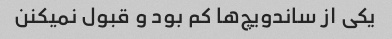
یکی از ساندویچ‌ها کم بود و قبول نمیکنن